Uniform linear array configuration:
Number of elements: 8
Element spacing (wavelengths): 0.25
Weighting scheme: binomial
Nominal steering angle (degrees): -15
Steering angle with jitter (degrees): -14.606
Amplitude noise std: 0.05
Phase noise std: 0.05

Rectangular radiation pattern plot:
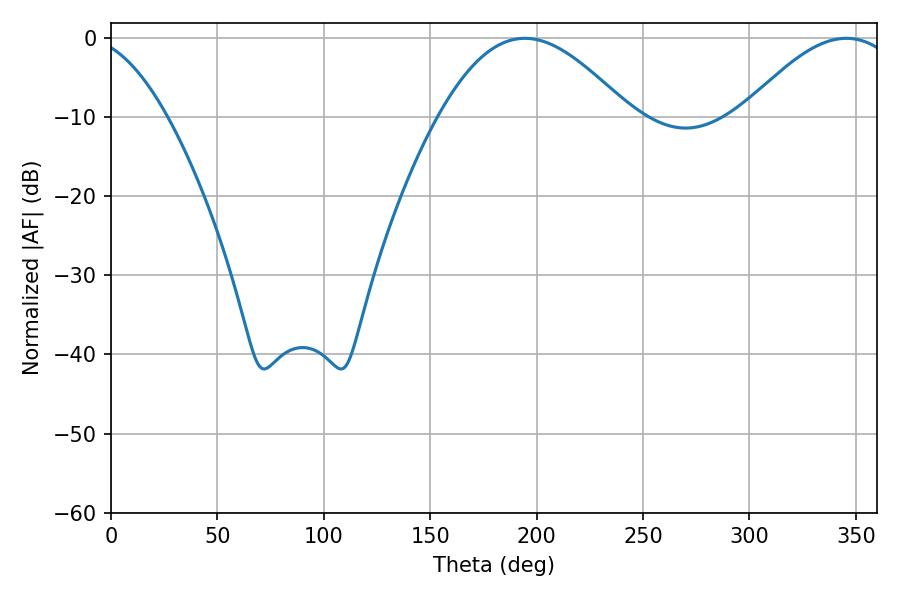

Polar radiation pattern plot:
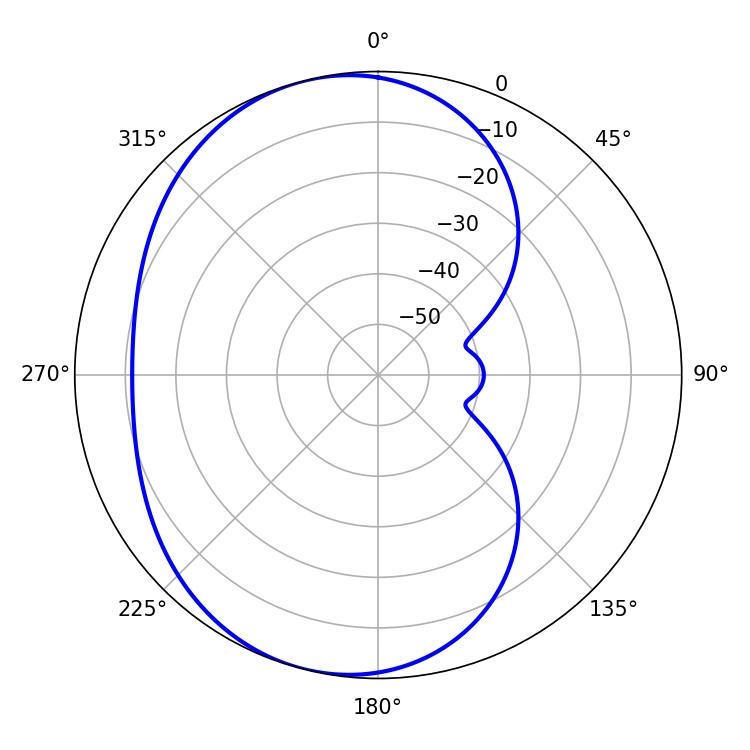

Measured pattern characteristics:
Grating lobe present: FALSE
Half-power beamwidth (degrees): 48.42
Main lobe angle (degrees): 194.4